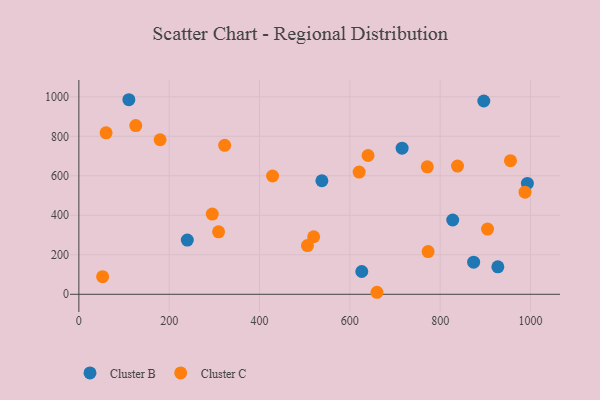
{"axis": {"x": "Study Hours", "y": "Fuel Efficiency"}, "legend": ["Cluster B", "Cluster C"], "data": [{"x": "538.1", "y": 574.8, "type": "Cluster B"}, {"x": "993.1", "y": 561.3, "type": "Cluster B"}, {"x": "896.6", "y": 978.8, "type": "Cluster B"}, {"x": "874.1", "y": 162.8, "type": "Cluster B"}, {"x": "626.4", "y": 115.4, "type": "Cluster B"}, {"x": "240.1", "y": 274.4, "type": "Cluster B"}, {"x": "927.7", "y": 138.9, "type": "Cluster B"}, {"x": "827.8", "y": 376.1, "type": "Cluster B"}, {"x": "110.7", "y": 985.2, "type": "Cluster B"}, {"x": "715.7", "y": 739.8, "type": "Cluster B"}, {"x": "904.9", "y": 330.3, "type": "Cluster C"}, {"x": "60.2", "y": 817.5, "type": "Cluster C"}, {"x": "309.3", "y": 316.3, "type": "Cluster C"}, {"x": "428.9", "y": 599.0, "type": "Cluster C"}, {"x": "773.3", "y": 216.1, "type": "Cluster C"}, {"x": "519.9", "y": 291.3, "type": "Cluster C"}, {"x": "179.9", "y": 782.6, "type": "Cluster C"}, {"x": "295.4", "y": 406.2, "type": "Cluster C"}, {"x": "126.0", "y": 854.2, "type": "Cluster C"}, {"x": "322.8", "y": 754.4, "type": "Cluster C"}, {"x": "640.3", "y": 702.7, "type": "Cluster C"}, {"x": "955.7", "y": 676.6, "type": "Cluster C"}, {"x": "620.6", "y": 618.8, "type": "Cluster C"}, {"x": "660.1", "y": 10.2, "type": "Cluster C"}, {"x": "987.9", "y": 517.0, "type": "Cluster C"}, {"x": "838.4", "y": 649.2, "type": "Cluster C"}, {"x": "771.5", "y": 645.6, "type": "Cluster C"}, {"x": "506.2", "y": 246.8, "type": "Cluster C"}, {"x": "52.6", "y": 89.2, "type": "Cluster C"}]}